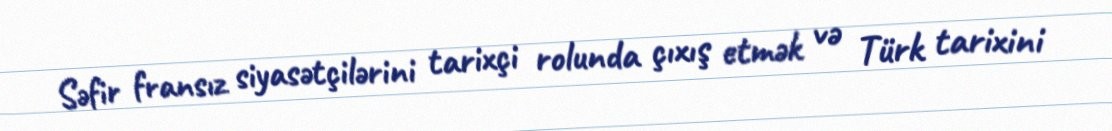
Səfir fransız siyasətçilərini tarixçi rolunda çıxış etmək və Türk tarixini